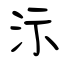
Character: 沶